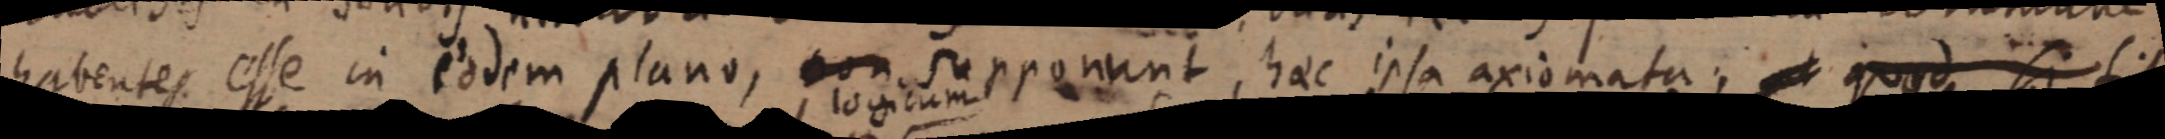
habentes esse in eodem plano, non supponunt, haec ipsa axiomata; quod si sit